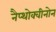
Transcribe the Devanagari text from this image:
नैप्थोक्वीनोन